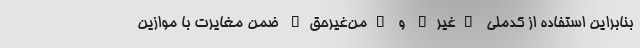
بنابراین استفاده از کدملی "غیر" و "من‌غیرحق" ضمن مغایرت با موازین